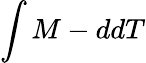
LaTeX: \int M-ddT